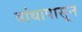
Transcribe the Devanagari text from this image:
बांधापासून